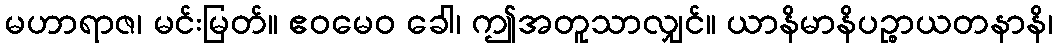
မဟာရာဇ၊ မင်းမြတ်။ ဧဝမေဝ ခေါ၊ ဤအတူသာလျှင်။ ယာနိမာနိပဉ္စာယတနာနိ၊